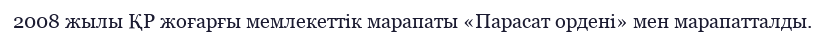
2008 жылы ҚР жоғарғы мемлекеттік марапаты «Парасат ордені» мен марапатталды.